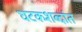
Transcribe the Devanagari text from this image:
घटकशब्दांत